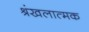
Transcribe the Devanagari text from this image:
श्रंखलात्मक